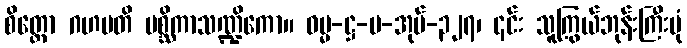
စိတ္တော ဂဟပတိ မစ္ဆိကာသဏ္ဍိကော။ ဓမ္မ-ဋ္ဌ-ပ-အုပ်-၃၂၇၊ ၎င်း သူကြွယ်ဘုန်းကြီးပုံ